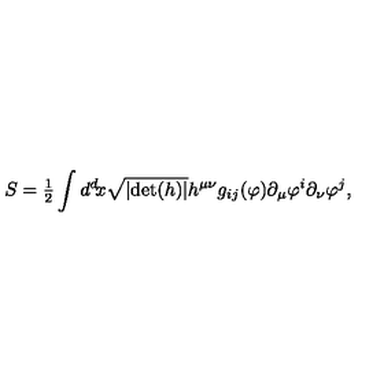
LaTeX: S = { \textstyle { \frac { 1 } { 2 } } } \int d ^ { d } \! x \sqrt { \vert \mathrm { d e t } ( h ) \vert } h ^ { \mu \nu } g _ { i j } ( \varphi ) \partial _ { \mu } \varphi ^ { i } \partial _ { \nu } \varphi ^ { j } ,